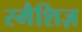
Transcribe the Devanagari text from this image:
स्मैशिज़